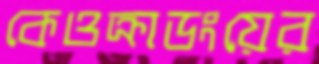
কেওক্রাডংয়ের